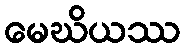
မေဃိယဿ